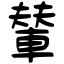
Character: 輦